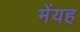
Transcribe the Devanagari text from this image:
मेंयह